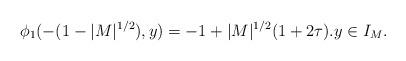
LaTeX: \begin{align*}\phi_1(-(1-|M|^{1/2}),y)=-1+|M|^{1/2}(1+2\tau).y\in I_M.\end{align*}